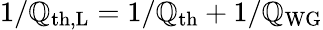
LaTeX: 1/\mathbb{Q}_{\mathrm{{th,L}}}=1/\mathbb{Q}_{\mathrm{{th}}}+1/\mathbb{Q}_{\mathrm{{WG}}}